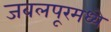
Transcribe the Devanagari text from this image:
जबलपूरमध्ये